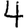
Digit: 4